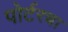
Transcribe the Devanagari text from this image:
पोर्टरचा